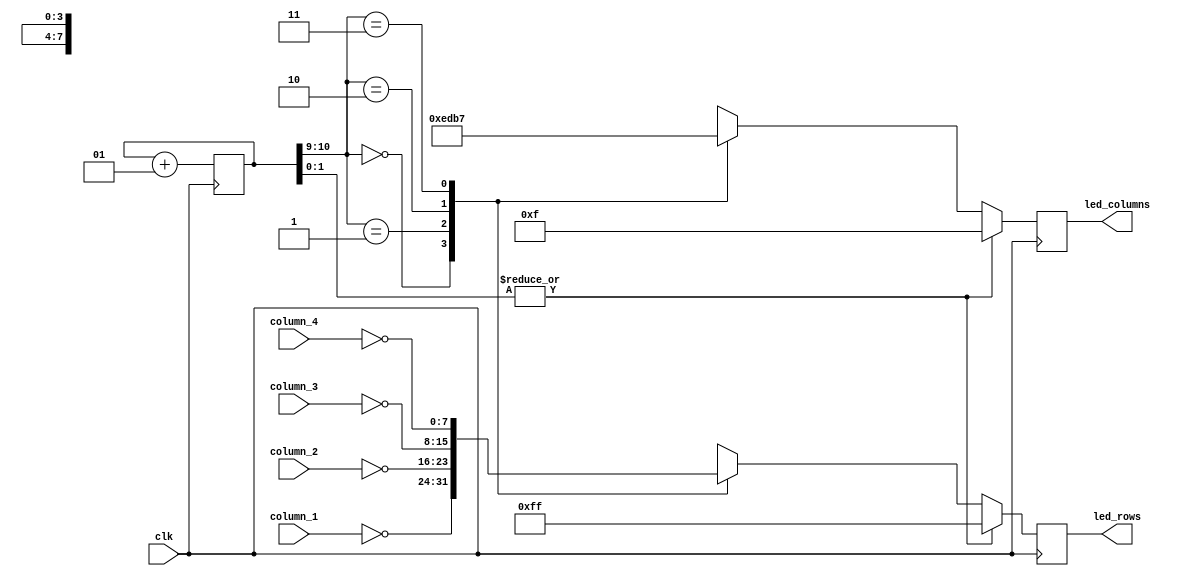
module debug_display #(
    parameter DUTY_CYCLE = 1
) (
    input wire clk,
    input wire [7: 0] column_1,
    input wire [7: 0] column_2,
    input wire [7: 0] column_3,
    input wire [7: 0] column_4,

    output reg [7: 0] led_rows,
    output reg [3: 0] led_columns
);

// We can't strobe the LEDs at 12MHz :-( -- use a divider instead
integer counter = 0;
wire [1: 0] current_column = counter[10: 9];
wire duty_cycle_active = !(|counter[DUTY_CYCLE: 0]);

always @(posedge clk) begin
    counter <= counter + 1;

    if (duty_cycle_active) begin
        case(current_column)
        2'd0: begin
            led_rows <= ~column_1;
            led_columns <= ~4'b0001;
        end
        2'd1: begin
            led_rows <= ~column_2;
            led_columns <= ~4'b0010;
        end
        2'd2: begin
            led_rows <= ~column_3;
            led_columns <= ~4'b0100;
        end
        2'd3: begin
            led_rows <= ~column_4;
            led_columns <= ~4'b1000;
        end
        endcase
    end else begin
        led_rows <= ~8'b0;
        led_columns <= ~4'b0;
    end
end
endmodule